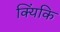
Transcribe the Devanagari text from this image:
क्यिंकि